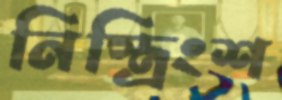
নিস্ত্রিংশ